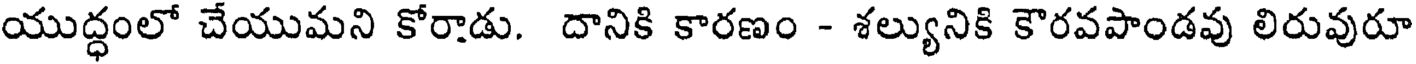
యుద్ధంలో చేయుమని కోరాడు. దానికి కారణం - శల్యునికి కౌరవపాండవు లిరువురూ